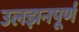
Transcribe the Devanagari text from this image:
उलझनपूर्ण